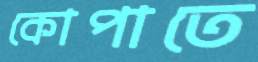
কোপাতে